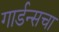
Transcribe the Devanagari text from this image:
गार्डन्सचा